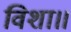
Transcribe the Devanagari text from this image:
विशा॥